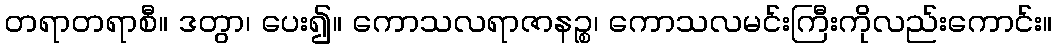
တရာတရာစီ။ ဒတွာ၊ ပေး၍။ ကောသလရာဇာနဉ္စ၊ ကောသလမင်းကြီးကိုလည်းကောင်း။